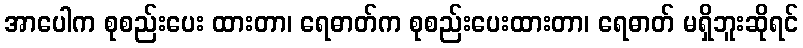
အာပေါက စုစည်းပေး ထားတာ၊ ရေဓာတ်က စုစည်းပေးထားတာ၊ ရေဓာတ် မရှိဘူးဆိုရင်